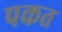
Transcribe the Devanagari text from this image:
पकत